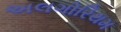
અલગોરિથમ